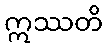
ဣဿတိ